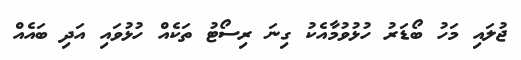
ޖުލައި މަހު ބޯޑަރު ހުޅުވުމާއެކު ގިނަ ރިސޯޓު ތަކެއް ހުޅުވައި އަދި ބައެއް